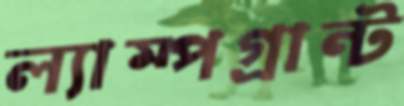
ল্যাম্পগ্রান্ট